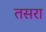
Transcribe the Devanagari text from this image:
तसरा